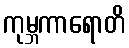
ကုမ္ဘကာရောတိ